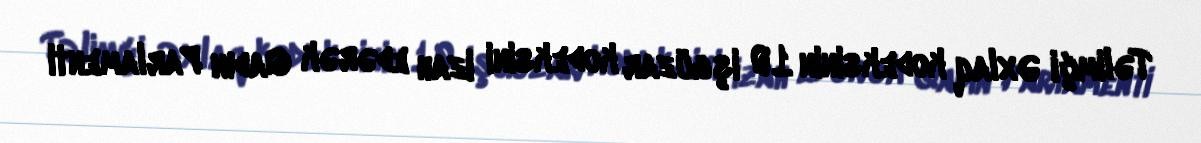
Təlimçi Əxlaq kodeksinin 10 işgüzar kodeksini izah edərək Qadın Parlamenti